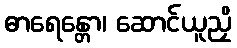
ဓာရေန္တော၊ ဆောင်ယူညှိ